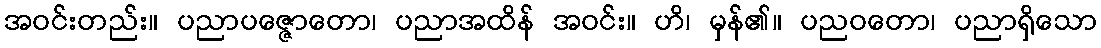
အဝင်းတည်း။ ပညာပဇ္ဇောတော၊ ပညာအထိန် အဝင်း။ ဟိ၊ မှန်၏။ ပညဝတော၊ ပညာရှိသော